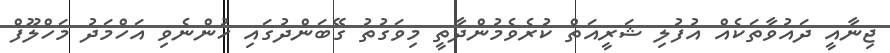
ޖިނާއީ ދައުވާތަކެއް އުފުލި ޝަރީއަތް ކުރެވެމުންދާތީ މިވަގުތު ގޭބަންދުގައި ހުންނެވި އަހްމަދު މަހްލޫފް